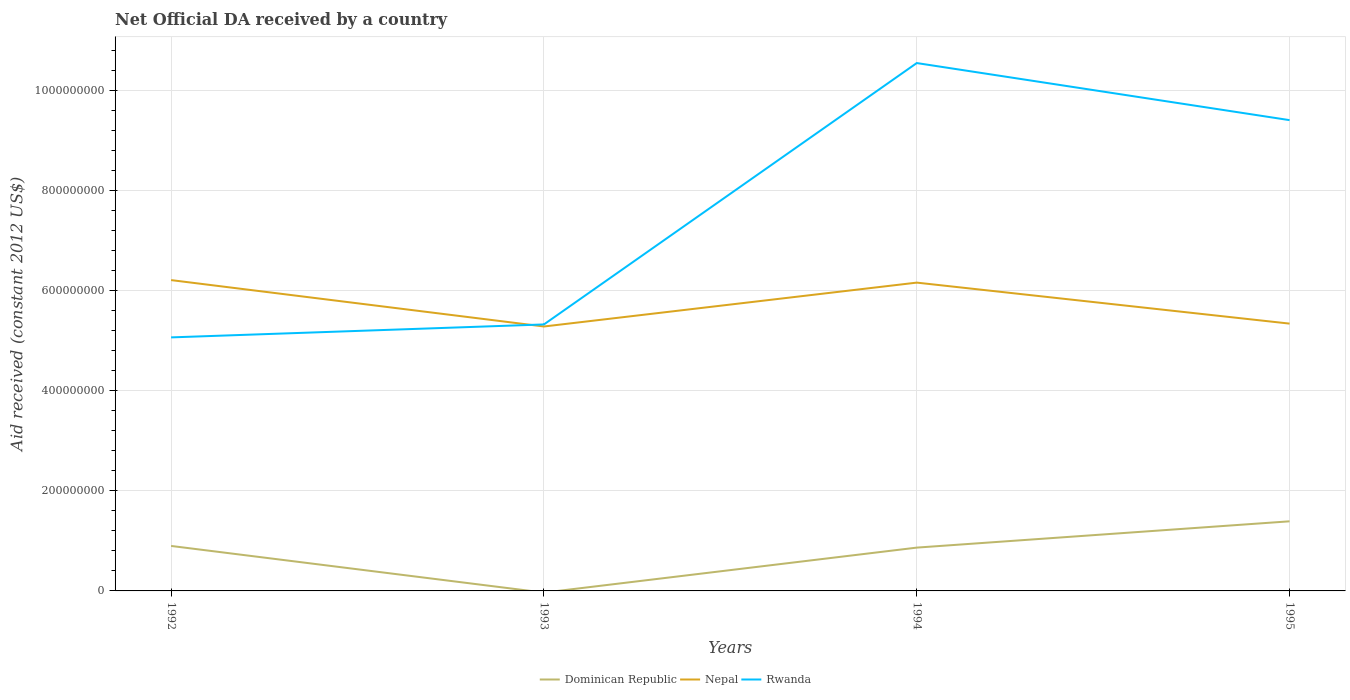
| Years | Dominican Republic | Nepal | Rwanda |
 | --- | --- | --- | --- |
 | 1992 | 8.99e+07 | 6.21e+08 | 5.07e+08 |
 | 1993 | -3.36e+06 | 5.29e+08 | 5.33e+08 |
 | 1994 | 8.66e+07 | 6.16e+08 | 1.06e+09 |
 | 1995 | 1.39e+08 | 5.34e+08 | 9.41e+08 |